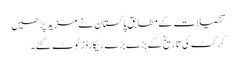
تفصیلات کے مطابق پاکستان نے مزید پڑھیں
کرکٹ کی تاریخ کے بڑے بڑے ریکارڈز ٹوٹ گئے ۔